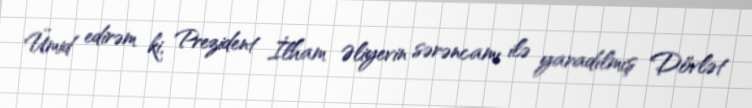
Ümid edirəm ki, Prezident İlham Əliyevin sərəncamı ilə yaradılmış Dövlət